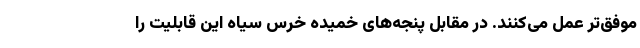
موفق‌تر عمل می‌کنند. در مقابل پنجه‌های خمیده خرس سیاه این قابلیت را